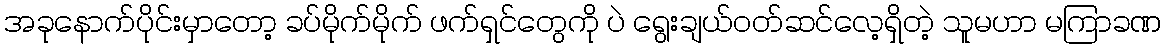
အခုနောက်ပိုင်းမှာတော့ ခပ်မိုက်မိုက် ဖက်ရှင်တွေကို ပဲ ရွေးချယ်ဝတ်ဆင်လေ့ရှိတဲ့ သူမဟာ မကြာခဏ